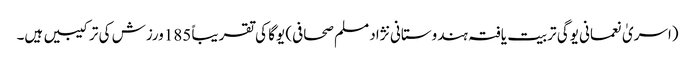
(اسریٰ نعمانی یوگی تربیت یافتہ ہندوستانی نژاد مسلم صحافی) یوگا کی تقریباً 185ورزش کی ترکیبیں ہیں۔